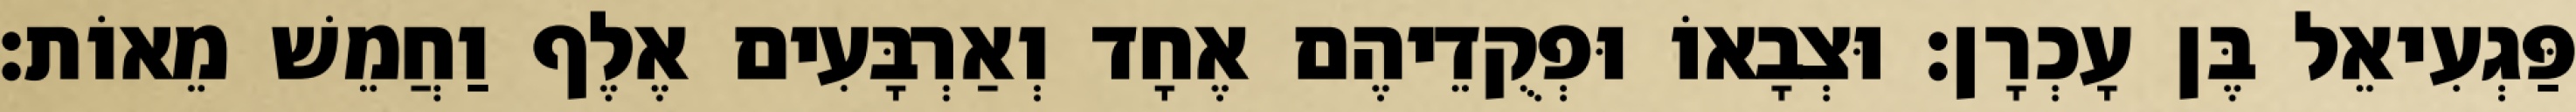
פַּגְעִיאֵל בֶּן עָכְרָן׃ וּצְבָאוֹ וּפְקֻדֵיהֶם אֶחָד וְאַרְבָּעִים אֶלֶף וַחֲמֵשׁ מֵאוֹת׃